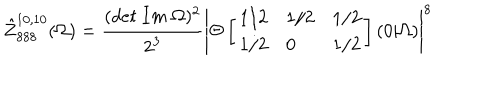
\hat { Z } _ { 8 8 8 } ^ { 1 0 , 1 0 } ( \Omega ) = \frac { ( d e t \ I m \ \Omega ) ^ { 2 } } { 2 ^ { 3 } } \left| \Theta \left[ \begin{array} { l l l } { { 1 / 2 } } & { { 1 / 2 } } & { { 1 / 2 } } \\ { { 1 / 2 } } & { { 0 } } & { { 1 / 2 } } \\ \end{array} \right] ( 0 \vert \Omega ) \right| ^ { 8 }